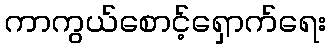
ကာကွယ်စောင့်ရှောက်ရေး